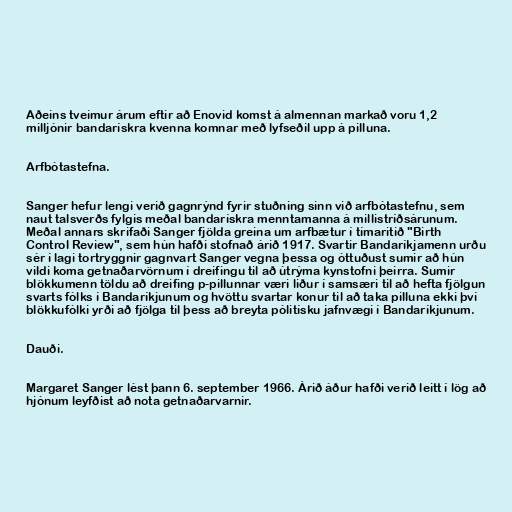
Aðeins tveimur árum eftir að Enovid komst á almennan markað voru 1,2
milljónir bandarískra kvenna komnar með lyfseðil upp á pilluna.

Arfbótastefna.

Sanger hefur lengi verið gagnrýnd fyrir stuðning sinn við arfbótastefnu, sem
naut talsverðs fylgis meðal bandarískra menntamanna á millistríðsárunum.
Meðal annars skrifaði Sanger fjölda greina um arfbætur í tímaritið "Birth
Control Review", sem hún hafði stofnað árið 1917. Svartir Bandaríkjamenn urðu
sér í lagi tortryggnir gagnvart Sanger vegna þessa og óttuðust sumir að hún
vildi koma getnaðarvörnum í dreifingu til að útrýma kynstofni þeirra. Sumir
blökkumenn töldu að dreifing p-pillunnar væri liður í samsæri til að hefta fjölgun
svarts fólks í Bandaríkjunum og hvöttu svartar konur til að taka pilluna ekki því
blökkufólki yrði að fjölga til þess að breyta pólitísku jafnvægi í Bandaríkjunum.

Dauði.

Margaret Sanger lést þann 6. september 1966. Árið áður hafði verið leitt í lög að
hjónum leyfðist að nota getnaðarvarnir.